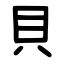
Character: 貝